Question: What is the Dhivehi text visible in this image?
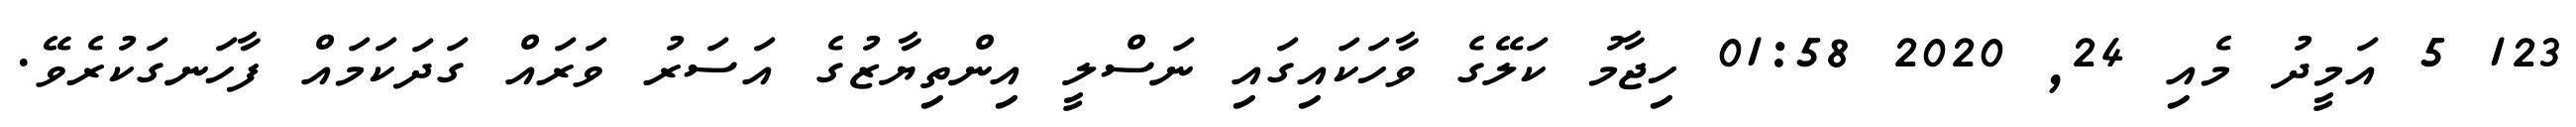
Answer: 123 5 އަމީދު މެއި 24, 2020 01:58 ހިޖާމު ކަލޭގެ ވާހަކައިގައި ނަސްލީ އިންތިޔާޒުގެ އަސަރު ވަރައް ގަދަކަމައް ފާހަނގަކުރެވޭ.